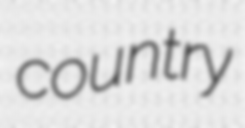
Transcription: country